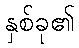
နှစ်ခု၏